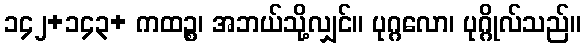
၁၄၂+၁၄၃+ ကထဉ္စ၊ အဘယ်သို့လျှင်။ ပုဂ္ဂလော၊ ပုဂ္ဂိုလ်သည်။